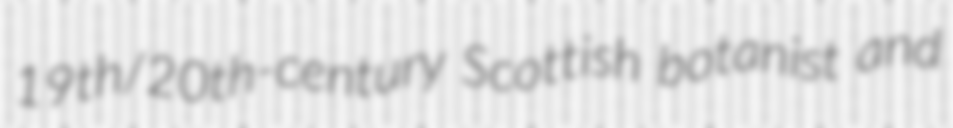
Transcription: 19th/20th-century Scottish botanist and